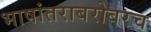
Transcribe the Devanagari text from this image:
भाषांतराबरोबरच